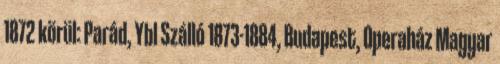
1872 körül: Parád, Ybl Szálló 1873-1884, Budapest, Operaház Magyar